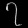
Digit: ၇